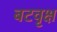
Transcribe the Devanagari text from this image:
बटवृक्ष